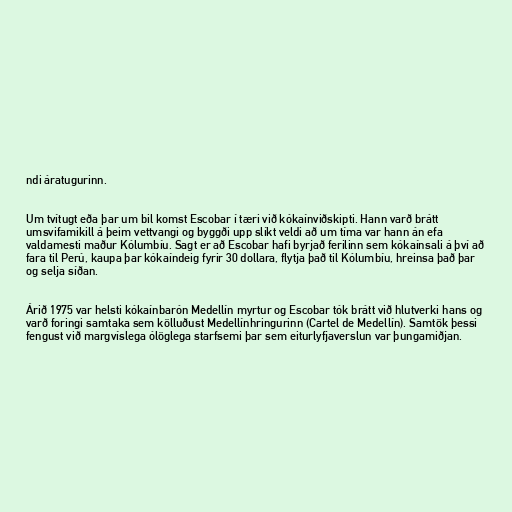
ndi áratugurinn.

Um tvítugt eða þar um bil komst Escobar í tæri við kókaínviðskipti. Hann varð brátt
umsvifamikill á þeim vettvangi og byggði upp slíkt veldi að um tíma var hann án efa
valdamesti maður Kólumbíu. Sagt er að Escobar hafi byrjað ferilinn sem kókaínsali á því að
fara til Perú, kaupa þar kókaíndeig fyrir 30 dollara, flytja það til Kólumbíu, hreinsa það þar
og selja síðan.

Árið 1975 var helsti kókaínbarón Medellín myrtur og Escobar tók brátt við hlutverki hans og
varð foringi samtaka sem kölluðust Medellínhringurinn (Cartel de Medellín). Samtök þessi
fengust við margvíslega ólöglega starfsemi þar sem eiturlyfjaverslun var þungamiðjan.